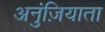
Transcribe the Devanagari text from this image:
अनुंज़ियाता